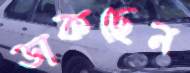
ডাকছেন